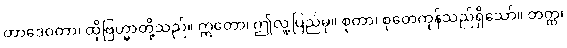
တာဒေဝတာ၊ ထိုဗြဟ္မာတို့သည်။ ဣတော၊ ဤလူ့ပြည်မှ။ စုတာ၊ စုတေကုန်သည်ရှိသော်။ တတ္ထ၊